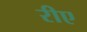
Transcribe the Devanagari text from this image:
रीए